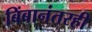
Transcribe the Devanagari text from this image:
बिंबानंतरही